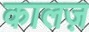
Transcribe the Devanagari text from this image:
कालज़